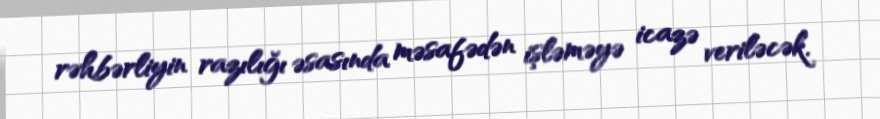
rəhbərliyin razılığı əsasında məsafədən işləməyə icazə veriləcək.